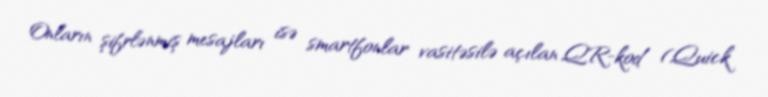
Onların şifrlənmiş mesajları isə smartfonlar vasitəsilə açılan QR-kod (Quick